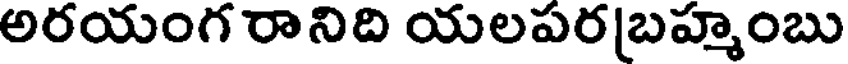
అరయంగ రానిది యలపరబహ్మంబు